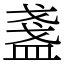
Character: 盞